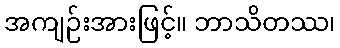
အကျဉ်းအားဖြင့်။ ဘာသိတဿ၊